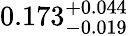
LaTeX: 0.173_{-0.019}^{+0.044}